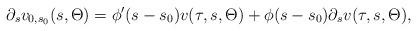
LaTeX: \begin{align*} \partial_s v_{0,s_0}(s,\Theta) = \phi'(s-s_0) v(\tau,s,\Theta) + \phi (s-s_0) \partial_s v(\tau,s,\Theta),\end{align*}